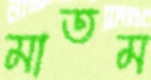
মাতম